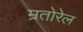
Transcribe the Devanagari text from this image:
म्रतोरेल